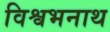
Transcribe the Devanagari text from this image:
विश्वभनाथ